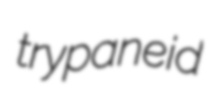
trypaneid